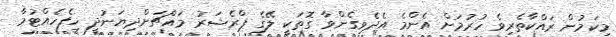
މިކަމުން ރައްކާތެރިވެ ހުރުމަށް އެންމެ އެދެވިގެންވާ ގޮތަކީ ލޭގެ ޕްރެޝަރު މައްޗަށްދިޔަނުދީ ހިފެހެއްޓުމާ